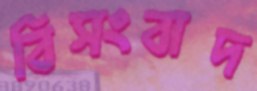
বিসংবাদ